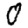
Digit: 0